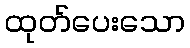
ထုတ်ပေးသော